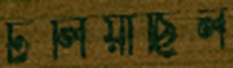
টলিয়াছিল